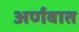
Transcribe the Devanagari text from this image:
अर्णवात